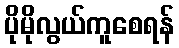
ပိုမိုလွယ်ကူစေရန်